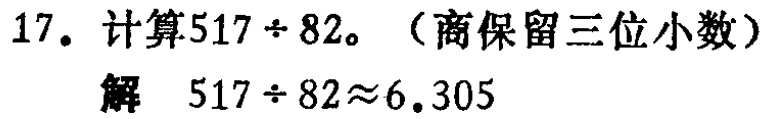
17. 计算\(517\div82\)。（商保留三位小数）
解 \(517\div82\approx6.305\)